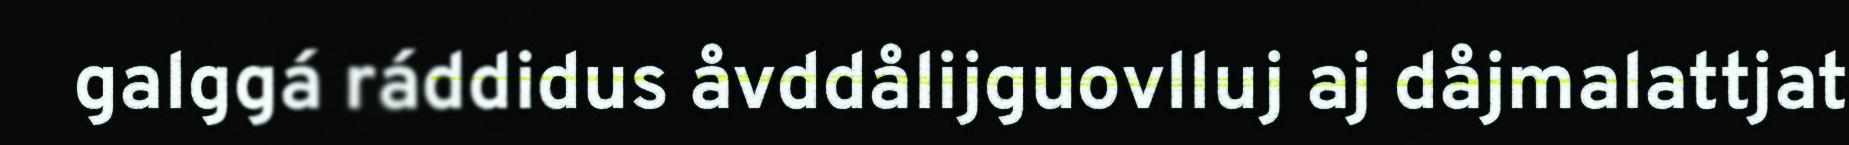
galggá ráddidus åvddålijguovlluj aj dåjmalattjat